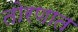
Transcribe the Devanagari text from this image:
तोरणात